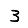
Digit: 3